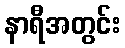
နာရီအတွင်း